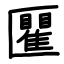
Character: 匷